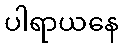
ပါရာယနေ